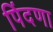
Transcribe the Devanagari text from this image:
पिंदणा